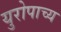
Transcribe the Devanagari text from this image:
युरोपाच्य